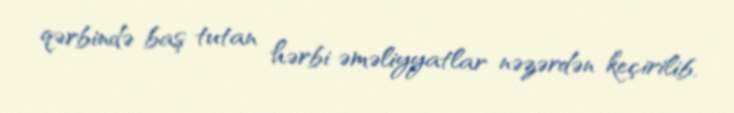
qərbində baş tutan hərbi əməliyyatlar nəzərdən keçirilib.